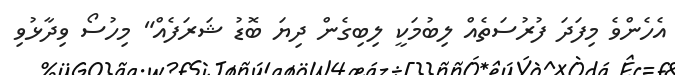
އެހެންވެ މިފަދަ ފުރުސަތެއް ލިބުމަކީ ލިިބިގެން ދިޔަ ބޮޑު ޝަރަފެއް" މިހުސޯ ވިދާޅުވި